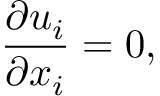
\frac { \partial u _ { i } } { \partial x _ { i } } = 0 ,